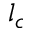
l _ { c }